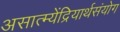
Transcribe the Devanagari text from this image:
असात्म्येंद्रियार्थसंयोग